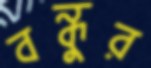
বন্ধুর